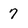
Character: 7